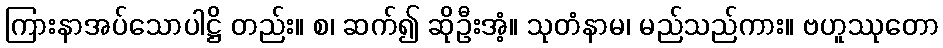
ကြားနာအပ်သောပါဋ္ဌိ တည်း။ စ၊ ဆက်၍ ဆိုဦးအံ့။ သုတံနာမ၊ မည်သည်ကား။ ဗဟူဿုတော